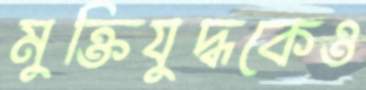
মুক্তিযুদ্ধকেও